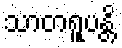
သာတရူပန္တိ